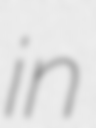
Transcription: in